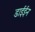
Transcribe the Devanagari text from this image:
डाईईन